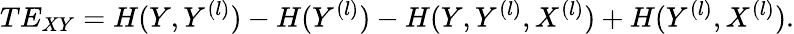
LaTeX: TE_{XY}=H(Y,Y^{(l)})-H(Y^{(l)})-H(Y,Y^{(l)},X^{(l)})+H(Y^{(l)},X^{(l)}).